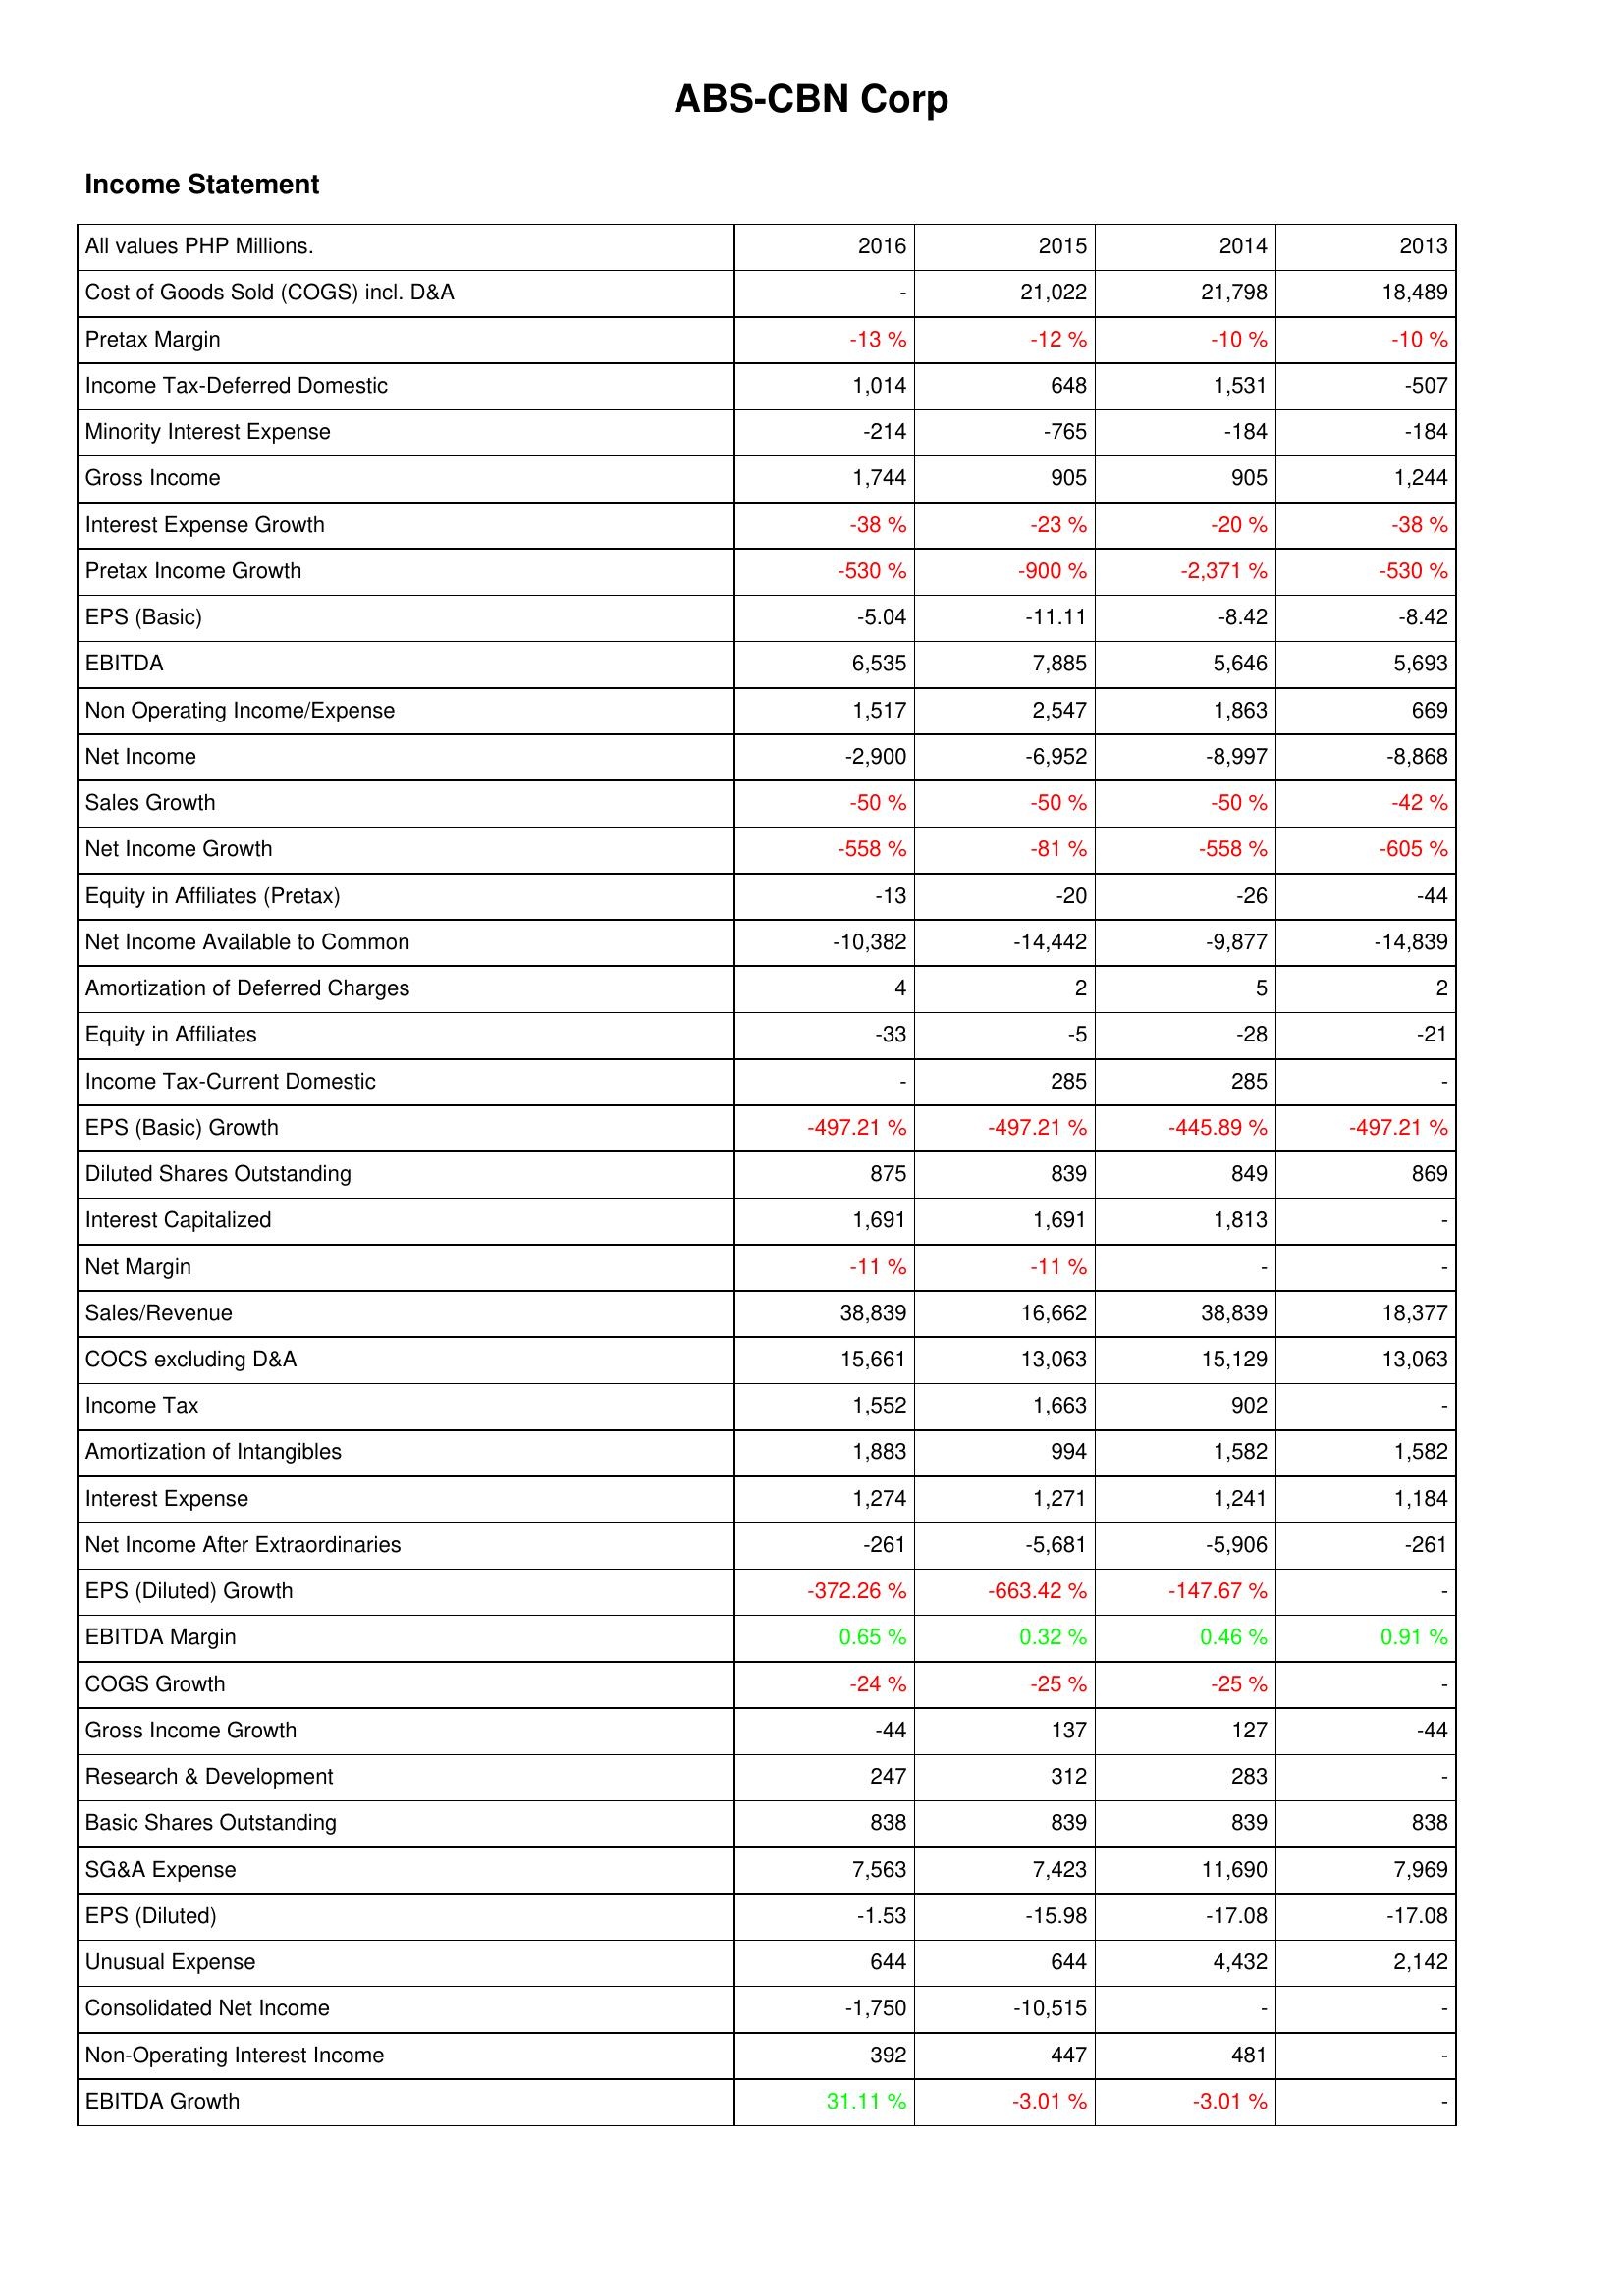
2016: Income Statement: Cost of Goods Sold (COGS) incl. D&A: -
Pretax Margin: -13 %
Income Tax-Deferred Domestic: 1,014
Minority Interest Expense: -214
Gross Income: 1,744
Interest Expense Growth: -38 %
Pretax Income Growth: -530 %
EPS (Basic): -5.04
EBITDA: 6,535
Non Operating Income/Expense: 1,517
Net Income: -2,900
Sales Growth: -50 %
Net Income Growth: -558 %
Equity in Affiliates (Pretax): -13
Net Income Available to Common: -10,382
Amortization of Deferred Charges: 4
Equity in Affiliates: -33
Income Tax-Current Domestic: -
EPS (Basic) Growth: -497.21 %
Diluted Shares Outstanding: 875
Interest Capitalized: 1,691
Net Margin: -11 %
Sales/Revenue: 38,839
COCS excluding D&A: 15,661
Income Tax: 1,552
Amortization of Intangibles: 1,883
Interest Expense: 1,274
Net Income After Extraordinaries: -261
EPS (Diluted) Growth: -372.26 %
EBITDA Margin: 0.65 %
COGS Growth: -24 %
Gross Income Growth: -44
Research & Development: 247
Basic Shares Outstanding: 838
SG&A Expense: 7,563
EPS (Diluted): -1.53
Unusual Expense: 644
Consolidated Net Income: -1,750
Non-Operating Interest Income: 392
EBITDA Growth: 31.11 %
2015: Income Statement: Cost of Goods Sold (COGS) incl. D&A: 21,022
Pretax Margin: -12 %
Income Tax-Deferred Domestic: 648
Minority Interest Expense: -765
Gross Income: 905
Interest Expense Growth: -23 %
Pretax Income Growth: -900 %
EPS (Basic): -11.11
EBITDA: 7,885
Non Operating Income/Expense: 2,547
Net Income: -6,952
Sales Growth: -50 %
Net Income Growth: -81 %
Equity in Affiliates (Pretax): -20
Net Income Available to Common: -14,442
Amortization of Deferred Charges: 2
Equity in Affiliates: -5
Income Tax-Current Domestic: 285
EPS (Basic) Growth: -497.21 %
Diluted Shares Outstanding: 839
Interest Capitalized: 1,691
Net Margin: -11 %
Sales/Revenue: 16,662
COCS excluding D&A: 13,063
Income Tax: 1,663
Amortization of Intangibles: 994
Interest Expense: 1,271
Net Income After Extraordinaries: -5,681
EPS (Diluted) Growth: -663.42 %
EBITDA Margin: 0.32 %
COGS Growth: -25 %
Gross Income Growth: 137
Research & Development: 312
Basic Shares Outstanding: 839
SG&A Expense: 7,423
EPS (Diluted): -15.98
Unusual Expense: 644
Consolidated Net Income: -10,515
Non-Operating Interest Income: 447
EBITDA Growth: -3.01 %
2014: Income Statement: Cost of Goods Sold (COGS) incl. D&A: 21,798
Pretax Margin: -10 %
Income Tax-Deferred Domestic: 1,531
Minority Interest Expense: -184
Gross Income: 905
Interest Expense Growth: -20 %
Pretax Income Growth: -2,371 %
EPS (Basic): -8.42
EBITDA: 5,646
Non Operating Income/Expense: 1,863
Net Income: -8,997
Sales Growth: -50 %
Net Income Growth: -558 %
Equity in Affiliates (Pretax): -26
Net Income Available to Common: -9,877
Amortization of Deferred Charges: 5
Equity in Affiliates: -28
Income Tax-Current Domestic: 285
EPS (Basic) Growth: -445.89 %
Diluted Shares Outstanding: 849
Interest Capitalized: 1,813
Net Margin: -
Sales/Revenue: 38,839
COCS excluding D&A: 15,129
Income Tax: 902
Amortization of Intangibles: 1,582
Interest Expense: 1,241
Net Income After Extraordinaries: -5,906
EPS (Diluted) Growth: -147.67 %
EBITDA Margin: 0.46 %
COGS Growth: -25 %
Gross Income Growth: 127
Research & Development: 283
Basic Shares Outstanding: 839
SG&A Expense: 11,690
EPS (Diluted): -17.08
Unusual Expense: 4,432
Consolidated Net Income: -
Non-Operating Interest Income: 481
EBITDA Growth: -3.01 %
2013: Income Statement: Cost of Goods Sold (COGS) incl. D&A: 18,489
Pretax Margin: -10 %
Income Tax-Deferred Domestic: -507
Minority Interest Expense: -184
Gross Income: 1,244
Interest Expense Growth: -38 %
Pretax Income Growth: -530 %
EPS (Basic): -8.42
EBITDA: 5,693
Non Operating Income/Expense: 669
Net Income: -8,868
Sales Growth: -42 %
Net Income Growth: -605 %
Equity in Affiliates (Pretax): -44
Net Income Available to Common: -14,839
Amortization of Deferred Charges: 2
Equity in Affiliates: -21
Income Tax-Current Domestic: -
EPS (Basic) Growth: -497.21 %
Diluted Shares Outstanding: 869
Interest Capitalized: -
Net Margin: -
Sales/Revenue: 18,377
COCS excluding D&A: 13,063
Income Tax: -
Amortization of Intangibles: 1,582
Interest Expense: 1,184
Net Income After Extraordinaries: -261
EPS (Diluted) Growth: -
EBITDA Margin: 0.91 %
COGS Growth: -
Gross Income Growth: -44
Research & Development: -
Basic Shares Outstanding: 838
SG&A Expense: 7,969
EPS (Diluted): -17.08
Unusual Expense: 2,142
Consolidated Net Income: -
Non-Operating Interest Income: -
EBITDA Growth: -